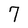
Character: 7